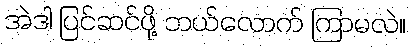
အဲဒါ ပြင်ဆင်ဖို့ ဘယ်လောက် ကြာမလဲ။